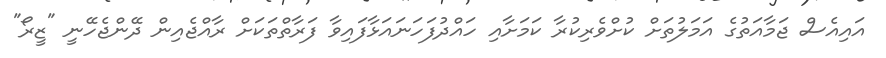
އައިއެސް ޖަމާއަތުގެ އަމަލުތަށް ކުށްވެރިކުރާ ކަމަށާއި ހައްދުފަހަނައަޅާފައިވާ ފަރާތްތަކަށް ރާއްޖެއިން ދޭންޖެހޭނީ "ޒީރޯ"